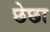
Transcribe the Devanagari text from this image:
छेछा